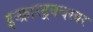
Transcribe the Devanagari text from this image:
इन्फ्रास्ट्रक्चरवर